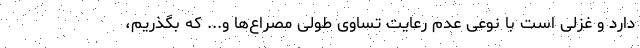
دارد و غزلی است با نوعی عدم رعایت تساوی طولی مصراع‌ها و... که بگذریم،